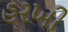
હરખી